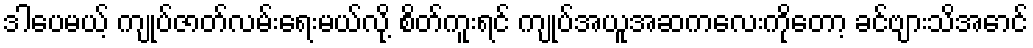
ဒါပေမယ့် ကျုပ်ဇာတ်လမ်းရေးမယ်လို့ စိတ်ကူးရင် ကျုပ်အယူအဆကလေးကိုတော့ ခင်ဗျားသိအောင်